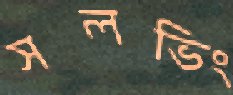
সলভিং